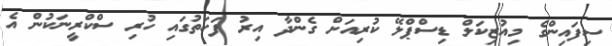
ސިފައިންގެ މިއުޒިކަލް ޑިސްޕްލޭ ކުރިއަށް ގެންދާ އިރު ފަހަތުގައި ހުރި ސްކްރީނަކުން އެ